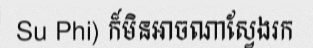
Su Phi) ក៏មិនអាចណាស្វែងរក